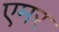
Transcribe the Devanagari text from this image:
एमर